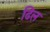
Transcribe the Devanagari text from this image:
ढिल